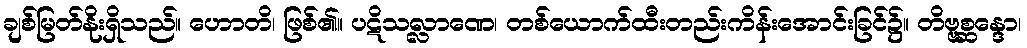
ချစ်မြတ်နိုးရှိသည်။ ဟောတိ၊ ဖြစ်၏။ ပဋိသလ္လာဏေ၊ တစ်ယောက်ထီးတည်းကိန်းအောင်းခြင်၌။ တိဗ္ဗစ္ဆန္ဒော၊